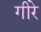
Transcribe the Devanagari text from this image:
गीरे